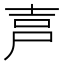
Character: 𡱠